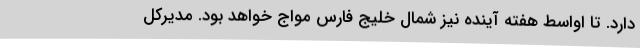
دارد. تا اواسط هفته آینده نیز شمال خلیج فارس مواج خواهد بود. مدیرکل